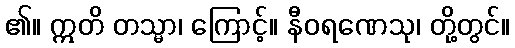
၏။ ဣတိ တသ္မာ၊ ကြောင့်။ နီဝရဏေသု၊ တို့တွင်။